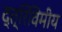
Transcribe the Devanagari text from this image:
द्त्रिविमीय